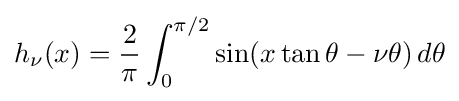
\displaystyle h_{\nu }(x)={\frac {2}{\pi }}\int _{0}^{\pi /2}\sin(x\tan \theta -\nu \theta )\,d\theta